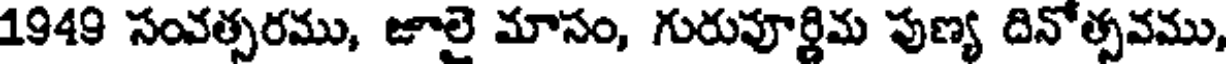
1949 సంవత్సరము, జూలై మాసం, గురుపూర్ణిమ పుణ్య దినోత్సవము,